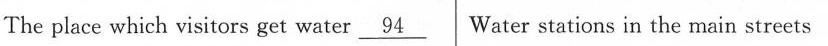
The place which visitors get water \underline{94} Water stations in the main streets